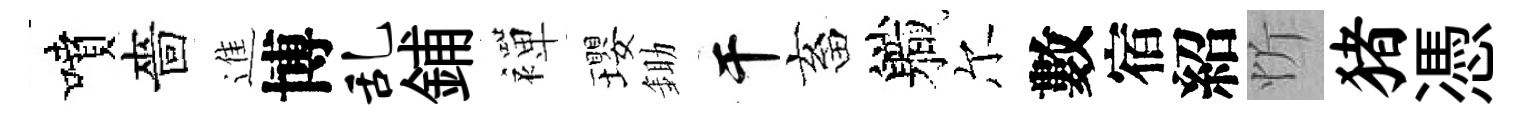
噴嗇進博乱鋪襌瓔鋤干畜軄尔數宿紹忻猪憑